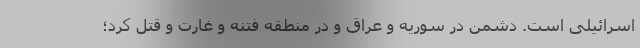
اسرائیلی است. دشمن در سوریه و عراق و در منطقه فتنه و غارت و قتل کرد؛